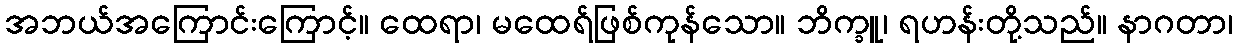
အဘယ်အကြောင်းကြောင့်။ ထေရာ၊ မထေရ်ဖြစ်ကုန်သော။ ဘိက္ခူ၊ ရဟန်းတို့သည်။ နာဂတာ၊